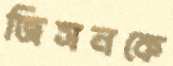
জিসনকে